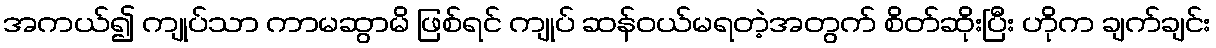
အကယ်၍ ကျုပ်သာ ကာမဆွာမိ ဖြစ်ရင် ကျုပ် ဆန်ဝယ်မရတဲ့အတွက် စိတ်ဆိုးပြီး ဟိုက ချက်ချင်း